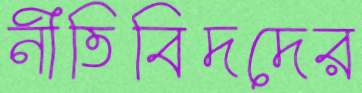
নীতিবিদদের